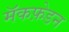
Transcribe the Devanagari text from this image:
मॅकफ़ेडन